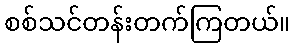
စစ်သင်တန်းတက်ကြတယ်။